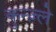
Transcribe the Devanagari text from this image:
कुन्ज़्ले